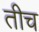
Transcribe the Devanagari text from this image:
तीच